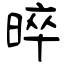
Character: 晬